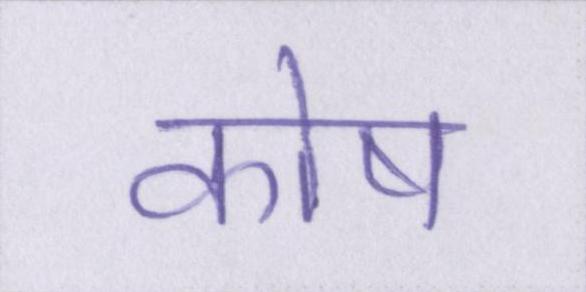
कोष